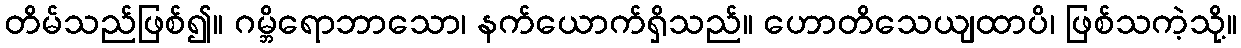
တိမ်သည်ဖြစ်၍။ ဂမ္ဘိရောဘာသော၊ နက်ယောက်ရှိသည်။ ဟောတိသေယျထာပိ၊ ဖြစ်သကဲ့သို့။